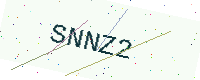
Text: SNNZ2